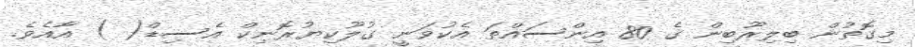
މިގޮތުން ބިލިރޫބިން ގެ 80 އިންސައްތަ އެކުވަނީ ގުލޫކިޔުރޮނިކް އެސިޑް( ) އާއެެވެ.